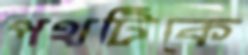
পথটিকে